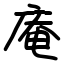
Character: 庵